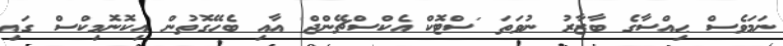
ނަމަވެސް ޙިއްސާގެ ބާޒާރު ނުވަތަ 'ސްޓޮކް އެކްސްޗޭންޖް' އާއި ބެހޭގޮތުން އިކޮނޮމިކްސް ގައި